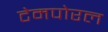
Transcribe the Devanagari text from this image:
टेमपोरल